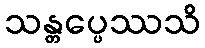
သန္တပ္ပေဿသိ